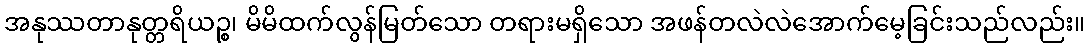
အနုဿတာနုတ္တရိယဉ္စ၊ မိမိထက်လွန်မြတ်သော တရားမရှိသော အဖန်တလဲလဲအောက်မေ့ခြင်းသည်လည်း။